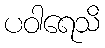
ပဝါရေသိ